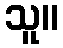
သူ။